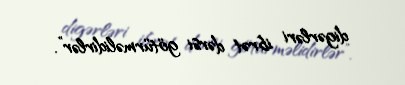
digərləri ibrət dərsi götürməlidirlər”.